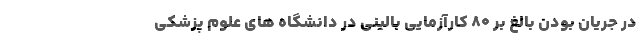
در جریان بودن بالغ بر ۸۰ کارآزمایی بالینی در دانشگاه های علوم پزشکی